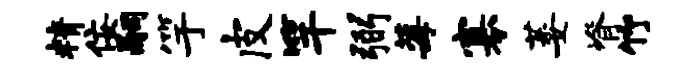
精佞嗣竽皮竿弼莓寡萎脊竹